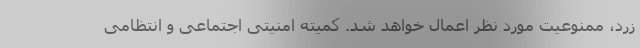
زرد، ممنوعیت مورد نظر اعمال خواهد شد. کمیته امنیتی اجتماعی و انتظامی